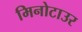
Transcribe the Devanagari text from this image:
मिनोटाउर